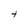
Character: t